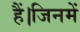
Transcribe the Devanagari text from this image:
हैं।जिनमें